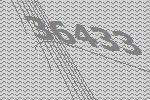
36433